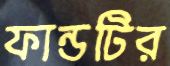
ফান্ডটির